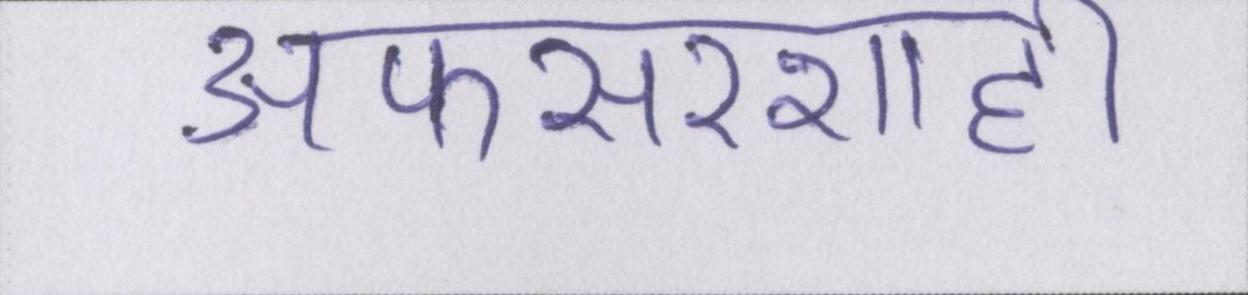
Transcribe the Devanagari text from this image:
अफसरशाही